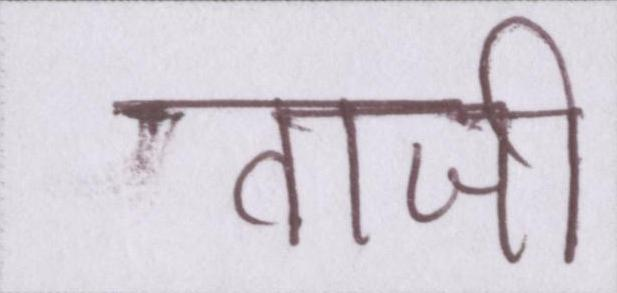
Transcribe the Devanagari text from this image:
ताजी